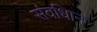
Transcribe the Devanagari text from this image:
संवधिान